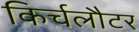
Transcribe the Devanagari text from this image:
किर्चलौटर